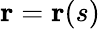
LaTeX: \mathbf{r}=\mathbf{r}(s)